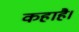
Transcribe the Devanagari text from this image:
कहाहै।